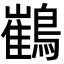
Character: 䳽